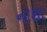
નાશા